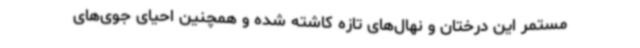
مستمر این درختان و نهال‌های تازه کاشته شده و همچنین احیای جوی‌های